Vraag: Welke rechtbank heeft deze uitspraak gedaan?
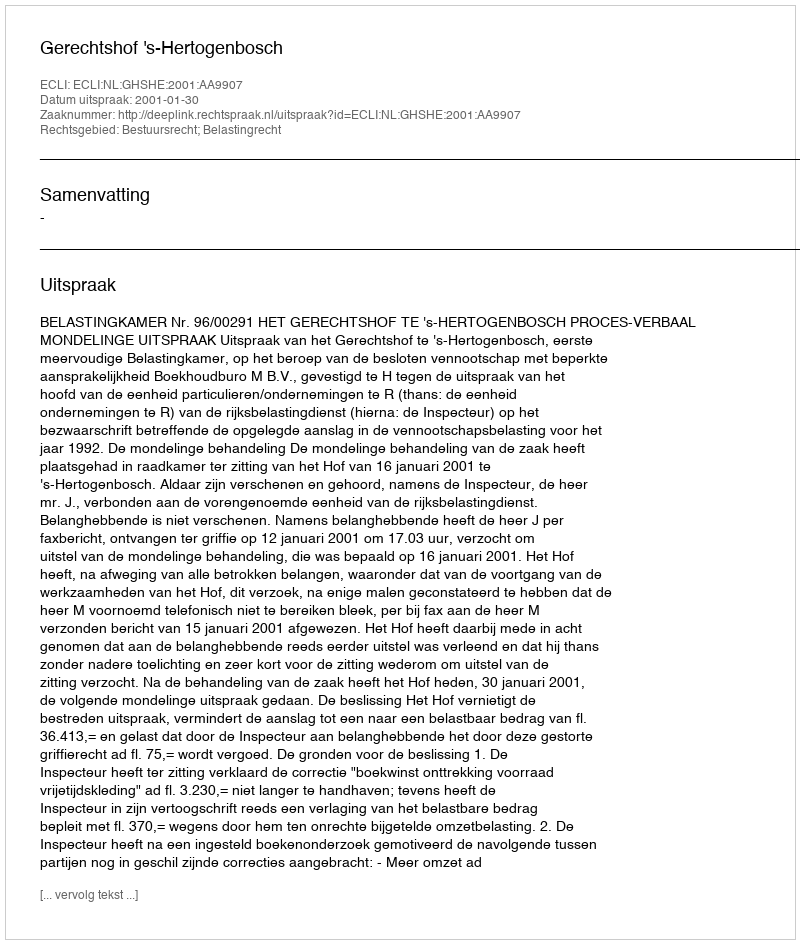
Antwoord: Gerechtshof 's-Hertogenbosch